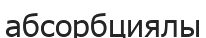
абсорбциялы